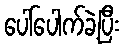
ပေါ်ပေါက်ခဲ့ပြီး